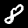
Label: 8